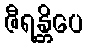
ဇီရန္တိပေ